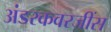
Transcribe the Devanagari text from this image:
अंडरकवरजींस